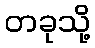
တခုသို့